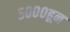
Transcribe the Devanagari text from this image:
५०००हून